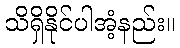
သိရှိနိုင်ပါအံ့နည်း။